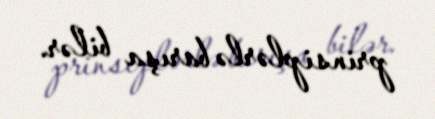
prinsiplərlə barışa bilər.